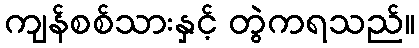
ကျန်စစ်သားနှင့် တွဲကရသည်။